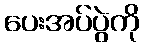
ပေးအပ်ပွဲကို